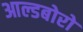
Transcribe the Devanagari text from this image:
आल्डबोरो